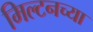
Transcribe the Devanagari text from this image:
मिल्टनच्या